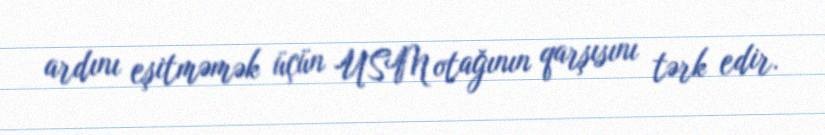
ardını eşitməmək üçün USM otağının qarşısını tərk edir.